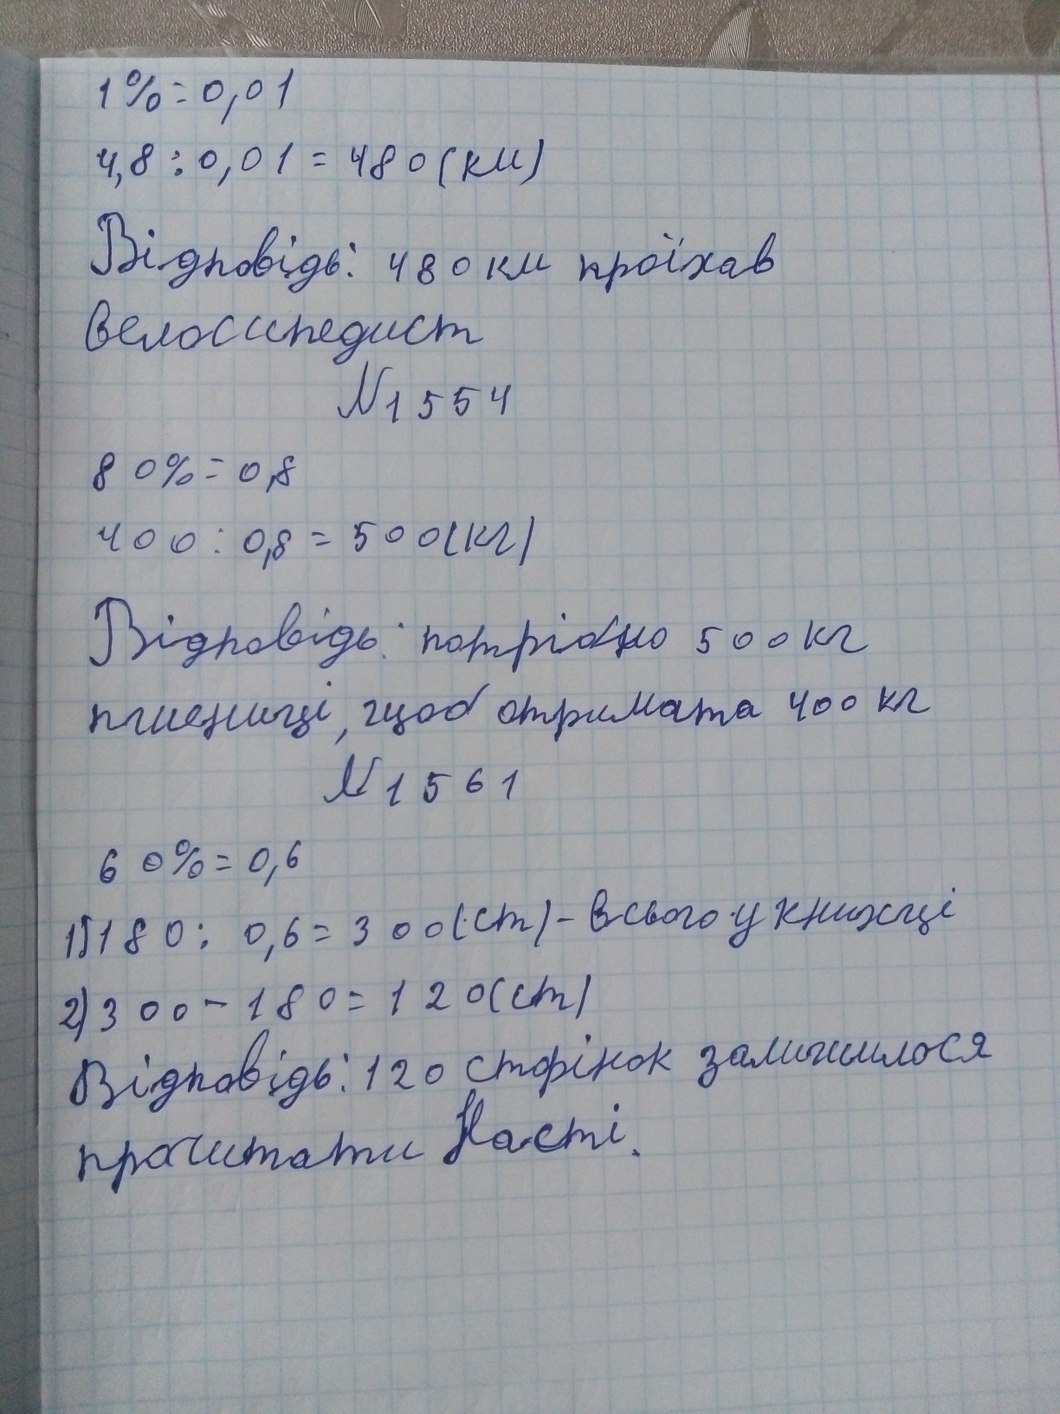
1% = 0,01
4,8 / 0,01 = 480 (км)
Відповідь: 480 км проїхав
велоссипедист
№ 1554
80% = 0,8
400 / 0,8 = 500 (кг)
Відповідь: потрібно 500 кг
пшениці, щоб отримати 400 кг
№ 1561
60% = 0,6
1) 180 / 0,6 = 300 (ст) - всього у книжці
2) 300 - 180 = 120 (ст)
Відповідь: 120 сторінок залишилося
прочитати Насті.